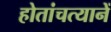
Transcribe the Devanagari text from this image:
होतांचत्यानें